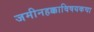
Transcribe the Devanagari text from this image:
जमीनहक्काविषयकचा